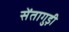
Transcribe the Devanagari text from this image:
सेंतागुड़ी